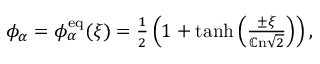
\begin{array} { r } { \phi _ { \alpha } = \phi _ { \alpha } ^ { \mathrm { e q } } ( \xi ) = \frac { 1 } { 2 } \left( 1 + \operatorname { t a n h } \left( \frac { \pm \xi } { \mathbb { C } \mathrm { n } \sqrt { 2 } } \right) \right) , } \end{array}